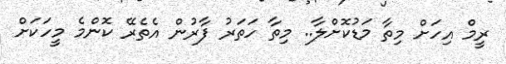
ރީމް އިހަށް މިތާ މަޑުކޮށްލާ.. މިތާ ހަތަރު ފާރުން އެތެރޭ ކޮންމެ މީހަކަށް